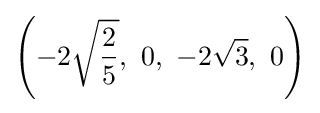
\left(-2{\sqrt {\frac {2}{5}}},\ 0,\ -2{\sqrt {3}},\ 0\right)